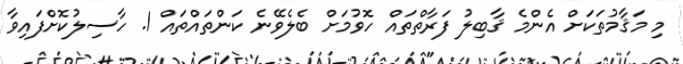
މި މަޤާމުތަކަށް އެންމެ ޤާބިލު ފަރާތްތައް ހޮވުމަށް ބެލެވޭނެ ކަންތައްތައް 1. ހާސިލުކޮށްފައިވާ